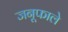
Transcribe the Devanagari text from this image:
जनूफाले